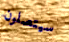
سيتصلون